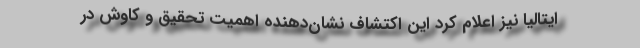
ایتالیا نیز اعلام کرد این اکتشاف نشان‌دهنده اهمیت تحقیق و کاوش در